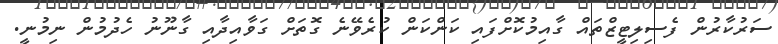
ސަރުކާރުން ފެސިލިޓީޒްތައް ގާއިމުކޮށްފައި ކަންކަން ކުރެވޭނެ ގޮތަށް ގަވާއިދާއި ގާނޫނު ހެދުމުން ނިމުނީ.